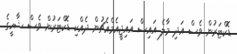
ޑޮކްޓަރުން ވެސް އަދި މާލެ އައިސް އައިޖީއެމްއެޗުން ދެއްކި ޑޮކްޓަރުން ވެސް ޝާހީގެ